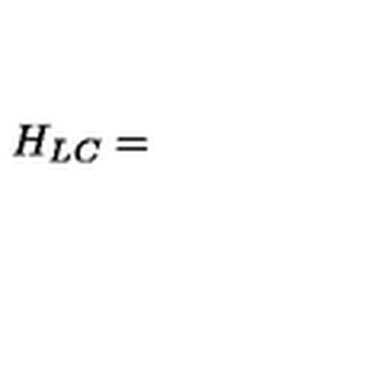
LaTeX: H _ { L C } =